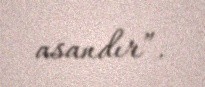
asandır”.